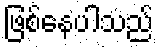
ဖြစ်နေပါသည်